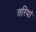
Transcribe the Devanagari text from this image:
तरियां